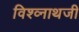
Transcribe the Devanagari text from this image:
विश्व्नाथजी